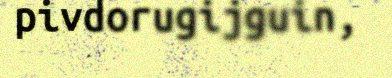
pivdorugijguin,